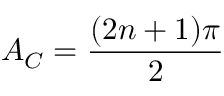
A _ { C } = \frac { ( 2 n + 1 ) \pi } { 2 }